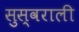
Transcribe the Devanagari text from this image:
सुस्वराली